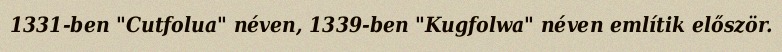
1331-ben "Cutfolua" néven, 1339-ben "Kugfolwa" néven említik először.